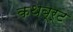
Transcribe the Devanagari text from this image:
कथब्र्ट